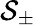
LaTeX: \mathcal{S}_{\pm}